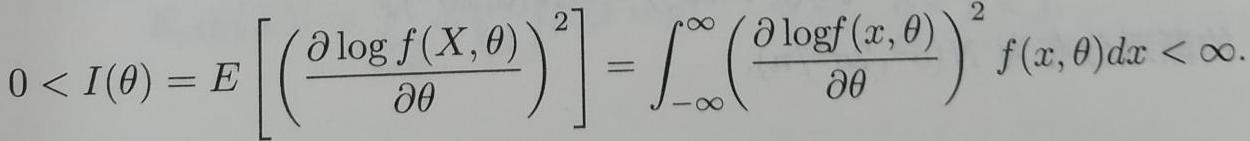
$0 < I(\theta) = E \left[ \left( \frac{\partial \log f(X, \theta)}{\partial \theta} \right)^2 \right] = \int_{-\infty}^{\infty} \left( \frac{\partial \log f(x, \theta)}{\partial \theta} \right)^2 f(x, \theta) dx < \infty.$